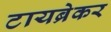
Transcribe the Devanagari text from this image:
टायब्रेकर